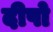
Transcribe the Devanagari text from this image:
दीपो